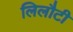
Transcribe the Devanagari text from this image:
लिलौटी